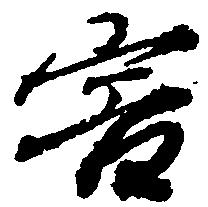
害